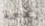
رقعة